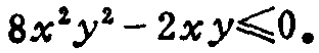
\(8x^{2}y^{2}-2xy\leqslant0\)